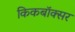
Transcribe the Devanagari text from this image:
किकबॉक्सर